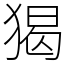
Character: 猲